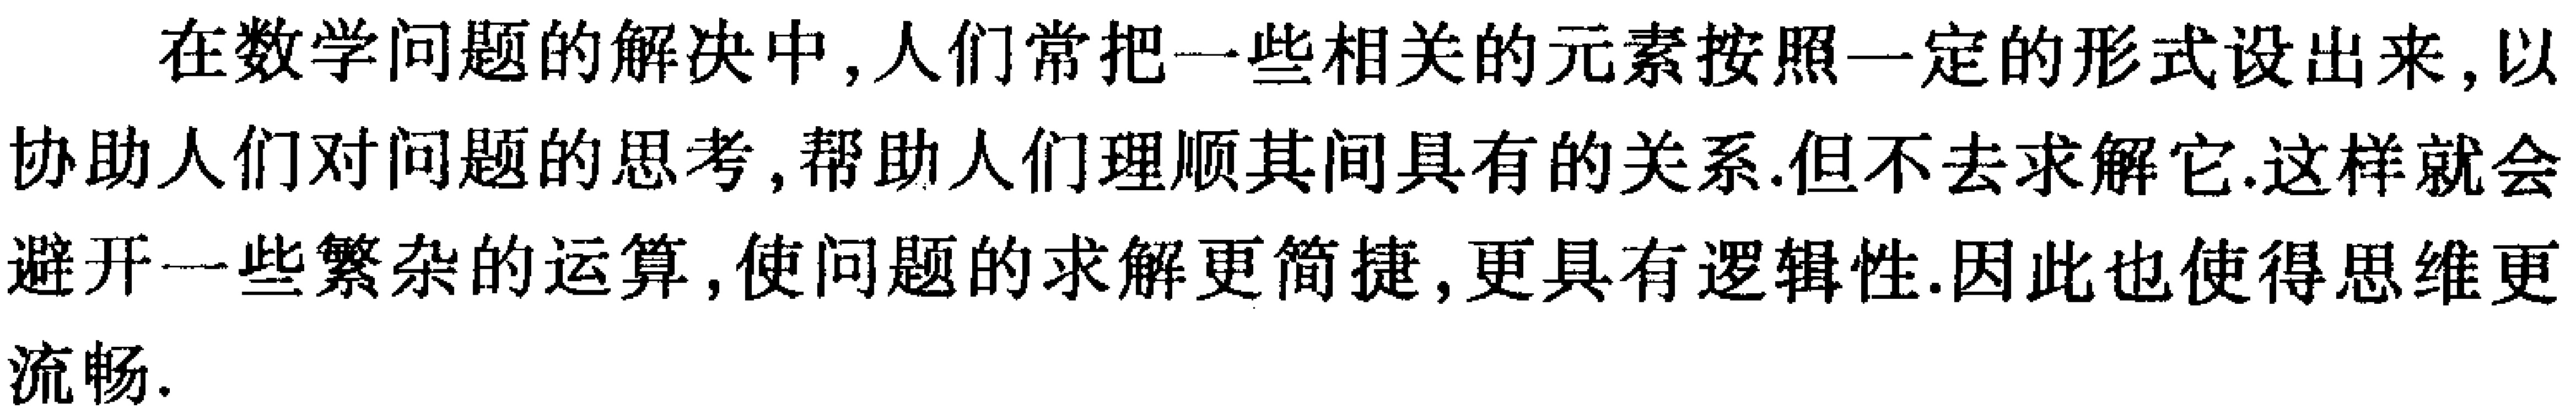
在数学问题的解决中, 人们常把一些相关的元素按照一定的形式设出来, 以协助人们对问题的思考, 帮助人们理顺其间具有的关系. 但不去求解它. 这样就会避开一些繁杂的运算, 使问题的求解更简捷, 更具有逻辑性. 因此也使得思维更流畅.